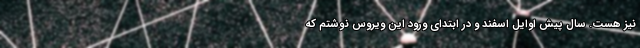
نیز هست. سال پیش اوایل اسفند و در ابتدای ورود این ویروس نوشتم که